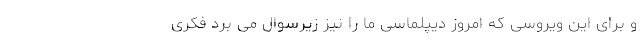
و برای این ویروسی که امروز دیپلماسی ما را نیز زیرسوال می برد فکری